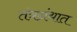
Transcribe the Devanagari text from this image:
तंत्रग्रंथात